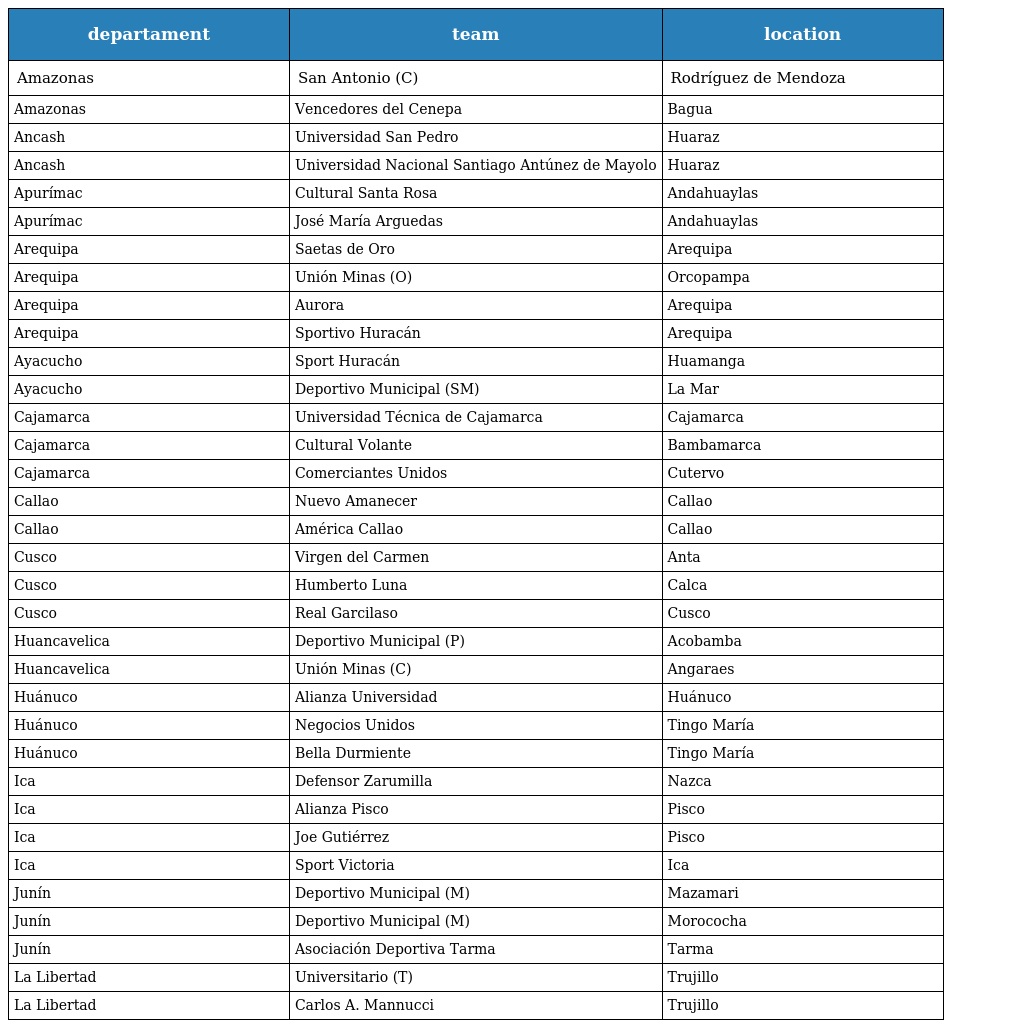
| departament | team | location |
 | --- | --- | --- |
 | Amazonas | San Antonio (C) | Rodríguez de Mendoza |
 | Amazonas | Vencedores del Cenepa | Bagua |
 | Ancash | Universidad San Pedro | Huaraz |
 | Ancash | Universidad Nacional Santiago Antúnez de Mayolo | Huaraz |
 | Apurímac | Cultural Santa Rosa | Andahuaylas |
 | Apurímac | José María Arguedas | Andahuaylas |
 | Arequipa | Saetas de Oro | Arequipa |
 | Arequipa | Unión Minas (O) | Orcopampa |
 | Arequipa | Aurora | Arequipa |
 | Arequipa | Sportivo Huracán | Arequipa |
 | Ayacucho | Sport Huracán | Huamanga |
 | Ayacucho | Deportivo Municipal (SM) | La Mar |
 | Cajamarca | Universidad Técnica de Cajamarca | Cajamarca |
 | Cajamarca | Cultural Volante | Bambamarca |
 | Cajamarca | Comerciantes Unidos | Cutervo |
 | Callao | Nuevo Amanecer | Callao |
 | Callao | América Callao | Callao |
 | Cusco | Virgen del Carmen | Anta |
 | Cusco | Humberto Luna | Calca |
 | Cusco | Real Garcilaso | Cusco |
 | Huancavelica | Deportivo Municipal (P) | Acobamba |
 | Huancavelica | Unión Minas (C) | Angaraes |
 | Huánuco | Alianza Universidad | Huánuco |
 | Huánuco | Negocios Unidos | Tingo María |
 | Huánuco | Bella Durmiente | Tingo María |
 | Ica | Defensor Zarumilla | Nazca |
 | Ica | Alianza Pisco | Pisco |
 | Ica | Joe Gutiérrez | Pisco |
 | Ica | Sport Victoria | Ica |
 | Junín | Deportivo Municipal (M) | Mazamari |
 | Junín | Deportivo Municipal (M) | Morococha |
 | Junín | Asociación Deportiva Tarma | Tarma |
 | La Libertad | Universitario (T) | Trujillo |
 | La Libertad | Carlos A. Mannucci | Trujillo |